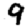
Digit: 9